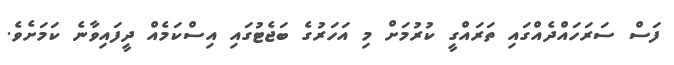
ފަސް ސަރަހައްދެއްގައި ތަރައްގީ ކުރުމަށް މި އަހަރުގެ ބަޖެޓުގައި އިސްކަމެއް ދީފައިވާނެ ކަމަށެވެ.